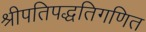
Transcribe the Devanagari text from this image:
श्रीपतिपद्धतिगणित